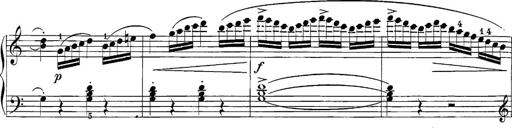
Title: 12 Sonatine per Pianoforte
Composer: Friedrich Kuhlau